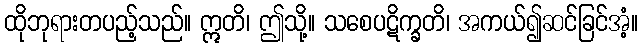
ထိုဘုရားတပည့်သည်။ ဣတိ၊ ဤသို့။ သစေပဋိက္ခတိ၊ အကယ်၍ဆင်ခြင်အံ့။